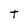
Character: T